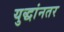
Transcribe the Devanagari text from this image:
युद्धांनतर